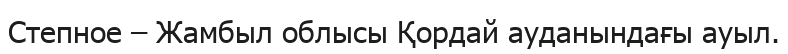
Степное – Жамбыл облысы Қордай ауданындағы ауыл.